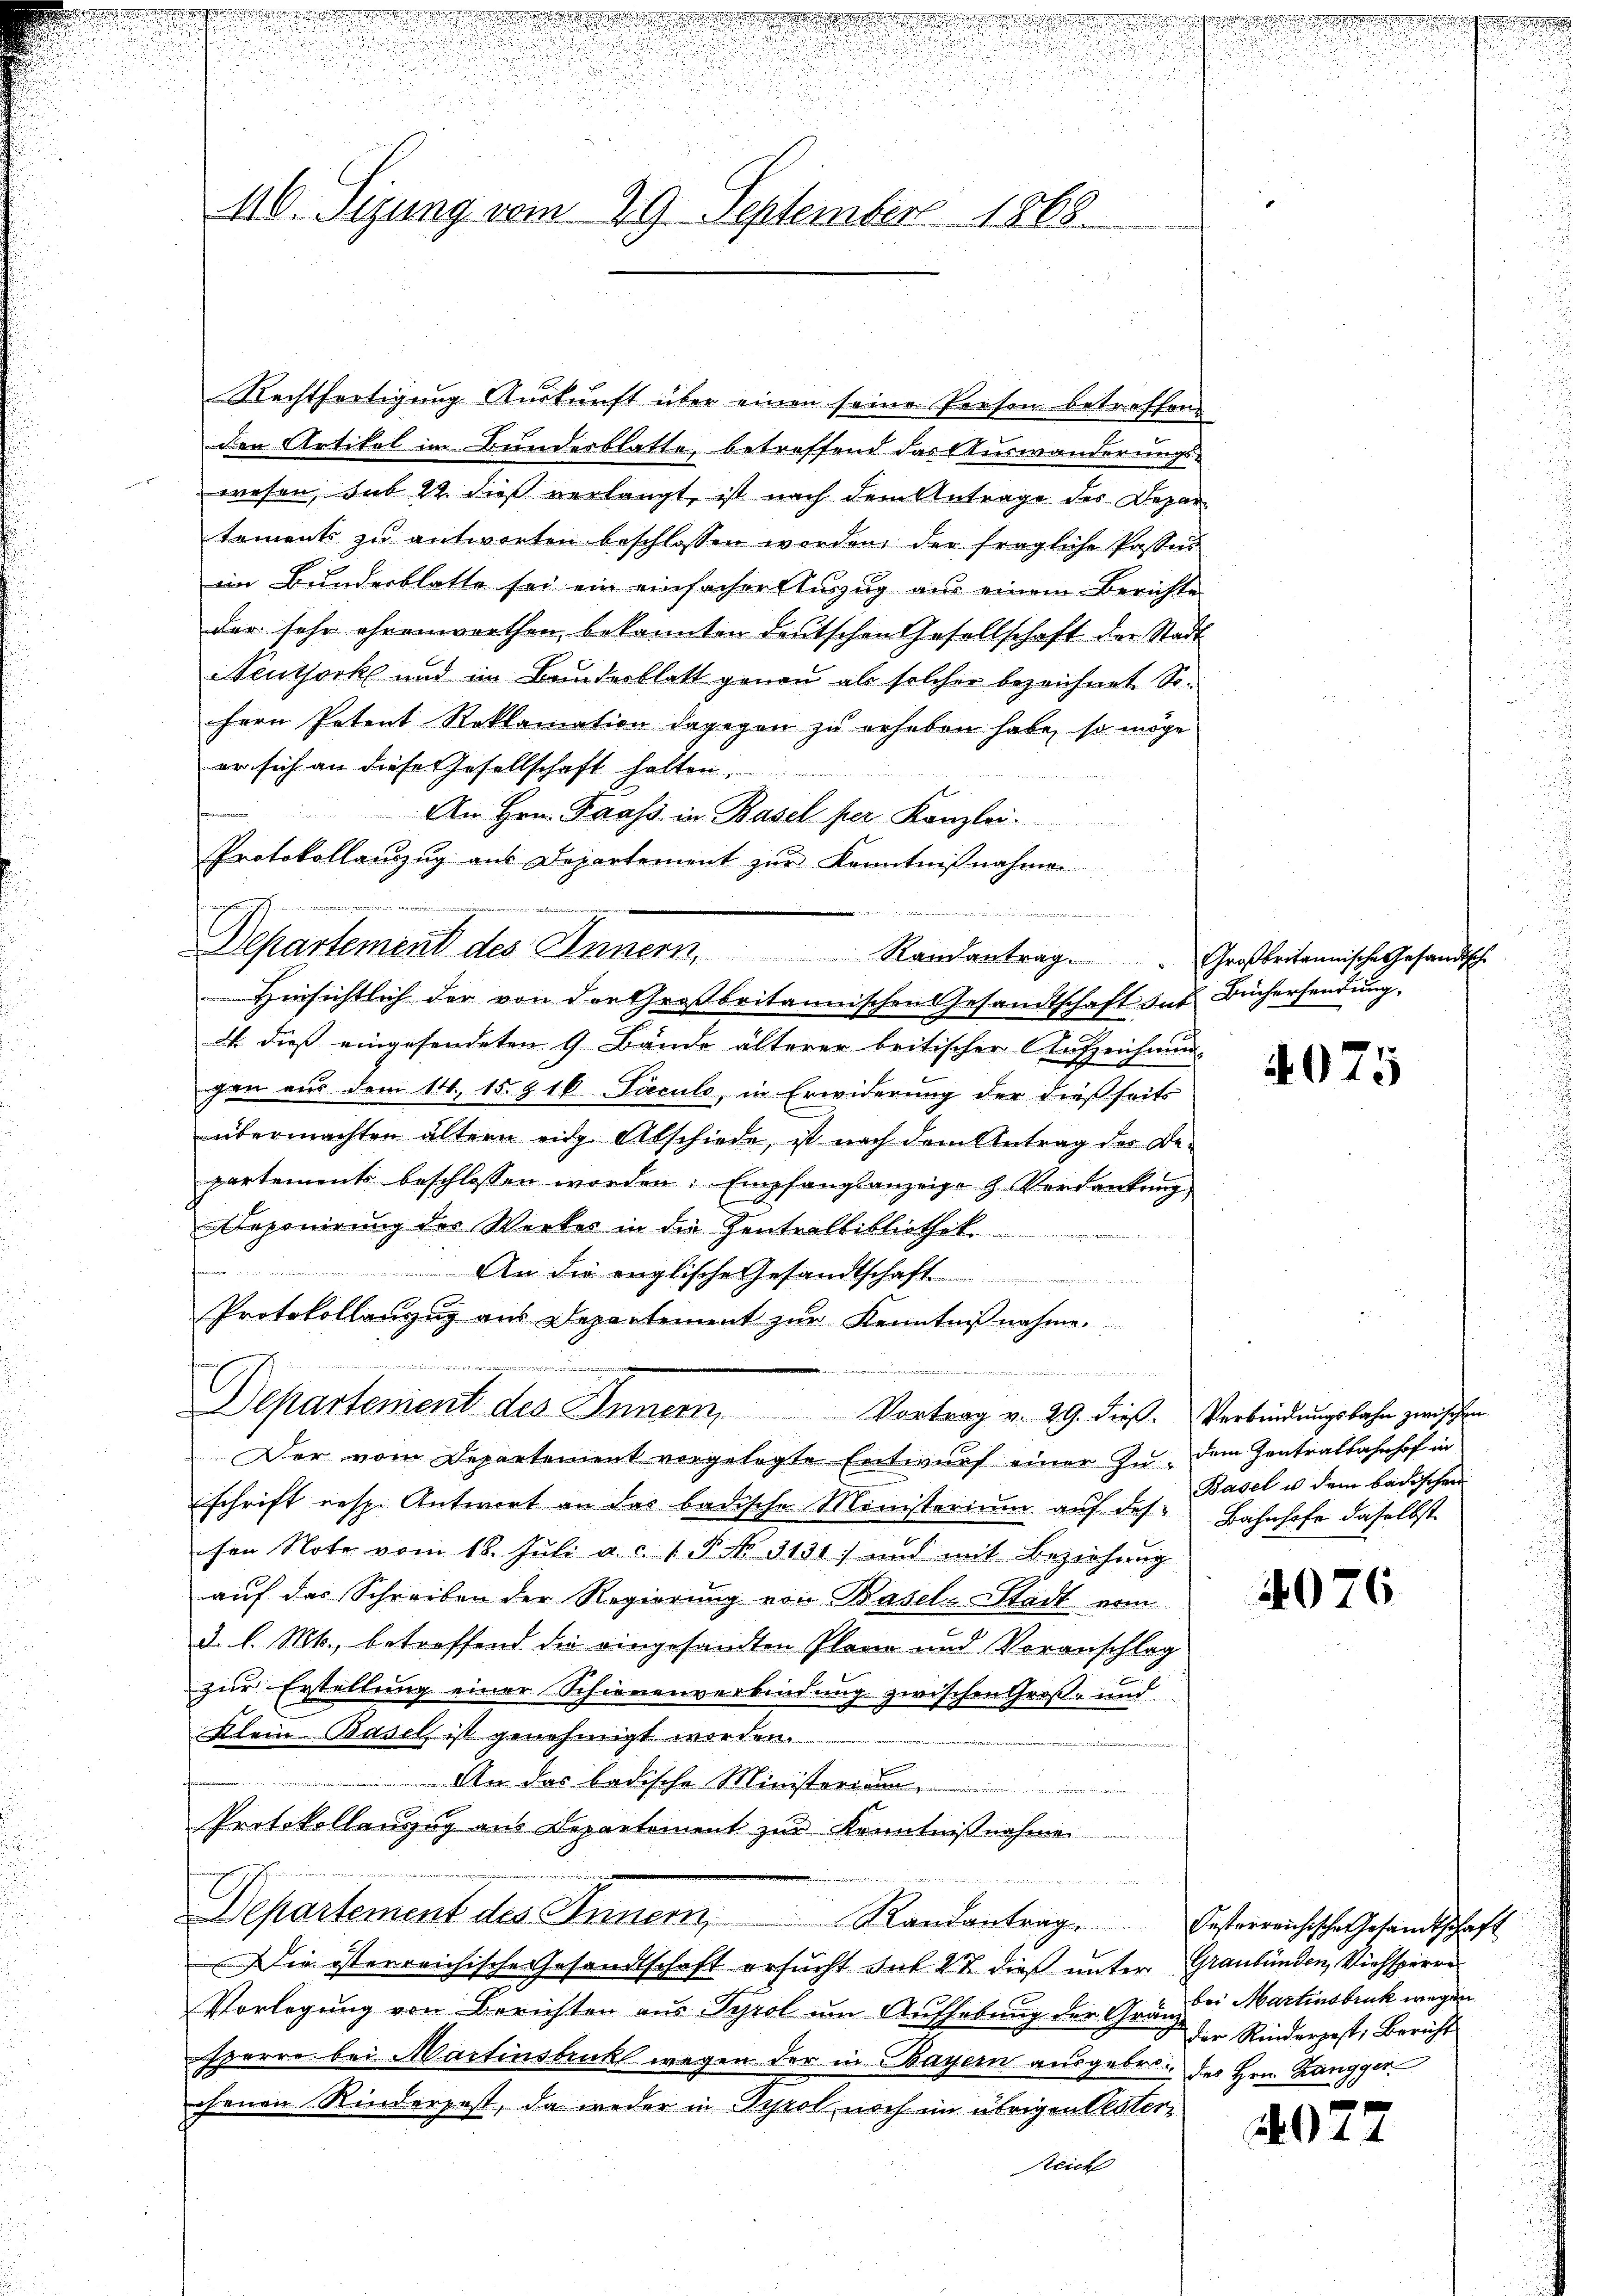
Rechtfertigung Auskunft über einen seine Presen betreffend
den Artikel in Bundesblatte, betreffend das Auswanderungs-
wesen, sub 22. dieß verlangt, ist nach dem Antrage des Departoments zu antworten beschlossen worden, der fragliche Passus
im Bundesblatte sei ein einfacher Auszug aus einem Berichte
der sehr ehrenwerthen, bekannten deutschen Gesellschaft der Stadt
Neuthork und im Bunderblatt genau als solcher bezeichnet Sofern Petent Reklamation dagegen zu erheben habe, so möge
er sich an diese Gesellschaft halten.
An Hrn. Faass in Basel her Kanzlei.
Protokollauszug aus Departement zur Kenntnißnahmen
r

Departement des Innern Randantrag. Großbritannische Gesandtsche
Hinsichtlich der von der Großbritannischen Gesandtschaft das Büchersendung,
4. dieß eingesendeten 9 Bände älterer britischer Aufzeichnung
gen aus dem 14. 15. § 16 Faculs, in Erwiderung der dießseits
übermachten ältern ein Abschiede, ist nach dem Antrag der Be-
partement beschlossen worden. Empfangsanzeige G. Verdankŭng
eponirung des Werkes in die Zentralbibliothek
 An die englische Gesandtschaft
Protokollauszug aus Departement zur Kenntnißnahme.
 erren

460. Sizung vom 29. September 1868.

Departement des Innern Vortrag v. 29. dieß. Verbindungsbahn zwischen

Der vom Departement vorgelegte Entwurf einer zu dem Zentralbahnhof in
schrift resp. Antwort an das badische Ministerium auf des Bahnhofe daselbst
chen Note vom 18. Juli a. c. 1. N. N. 1131.) und mit Beziehung
auf das Schreiben der Regierung von Basel-Stadt vom
3. l. Mts., betreffend die eingesandten Plane und Voranschlag
zur Erstellung einer Schienenverbindung zwischen Groß- und
Klein Basels ist genehmigt worden.
An das badische Ministeria
Protokollenzug aus Departement zur Kenntnißnahme

Departement des Inner, Randantrag. Besterreichtsche Gesandtschaft
Die isterreichische Gesandtschaft ersucht hat 22 dieß unter Graubünden, Viehsperre
Vorlegung von Berichten aus Tyrol um Aufhebung der Grande Martinsbruk wegen
sperre bei Martinsbruck wegen der in Bayern ausgebro¬ des Hrn. Zangger
chenen Kinderpest, da weder in Tyrol noch im übrigen Plater,
Reich

4075

Basel u dem badischen

4076.

der Rinderpost: Berichts

4027